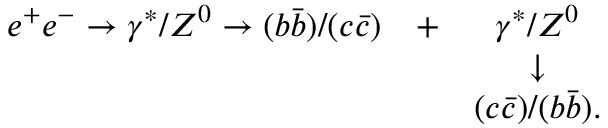
\begin{array} { l c c } { { e ^ { + } e ^ { - } \rightarrow \gamma ^ { * } / Z ^ { 0 } \rightarrow ( b \bar { b } ) / ( c \bar { c } ) } } & { { + } } & { { \gamma ^ { * } / Z ^ { 0 } } } \\ { { } } & { { } } & { { \downarrow } } \\ { { } } & { { } } & { { ( c \bar { c } ) / ( b \bar { b } ) . } } \end{array}